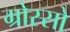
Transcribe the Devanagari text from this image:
ग्रोस्सो